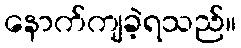
နောက်ကျခဲ့ရသည်။